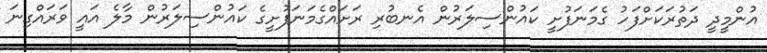
އުންމީދީ ދަތުރަކަށްފަހު ގެމަނަފުށީ ކައުންސިލަރުން އެނބުރި ރަށައްގެމަނަފުށީގެ ކައުންސިލަރުން މާލެ އައީ ވަރައްގިނަ